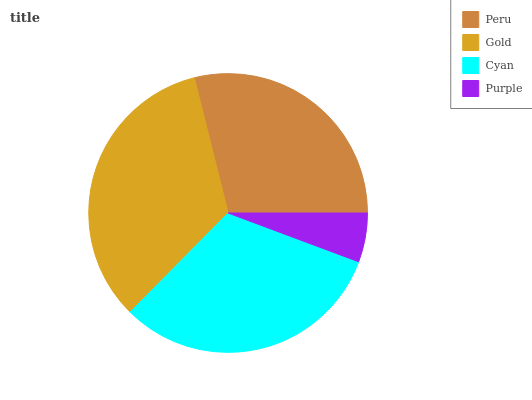
| Peru | Gold | Cyan | Purple |
 | --- | --- | --- | --- |
 | 28.9% | 33.7% | 31.7% | 5.68% |